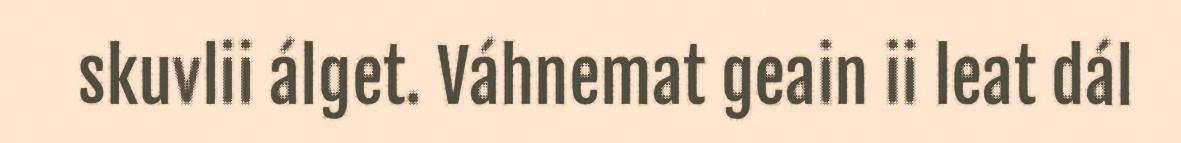
skuvlii álget. Váhnemat geain ii leat dál